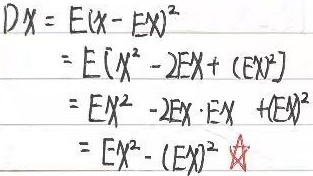
\[
\begin{align*}
DX&=E(X - EX)^{2}\\
&=E(X^{2}-2EX+(EX)^{2})\\
&=EX^{2}-2EX\cdot EX+(EX)^{2}\\
&=EX^{2}-(EX)^{2}\quad\bigstar
\end{align*}
\]